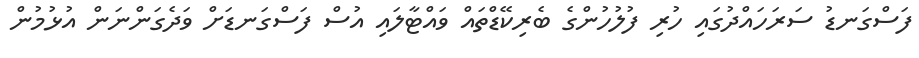
ފަސްގަނޑު ސަރަހައްދުގައި ހުރި ފުލުހުންގެ ބެރިކޭޑްތައް ވައްޓާލައި އުސް ފަސްގަނޑަށް ވަދެގަންނަން އުޅުމުން